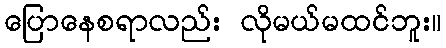
ပြောနေစရာလည်း လိုမယ်မထင်ဘူး။